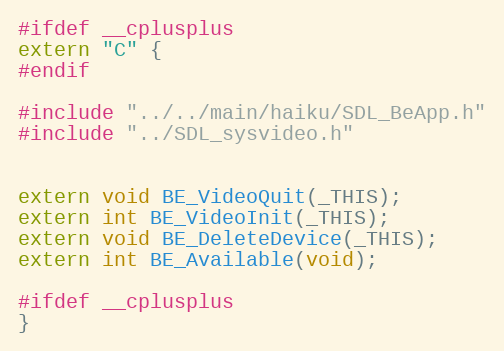
Language: C
#ifdef __cplusplus
extern "C" {
#endif

#include "../../main/haiku/SDL_BeApp.h"
#include "../SDL_sysvideo.h"

extern void BE_VideoQuit(_THIS);
extern int BE_VideoInit(_THIS);
extern void BE_DeleteDevice(_THIS);
extern int BE_Available(void);

#ifdef __cplusplus
}